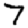
Digit: 7